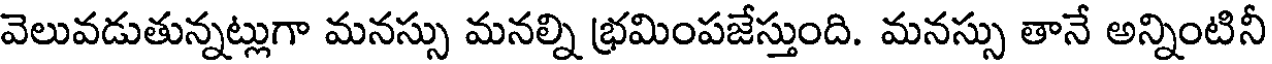
వెలువడుతున్నట్లుగా మనస్సు మనల్ని భ్రమింపజేస్తుంది. మనస్సు తానే అన్నింటినీ